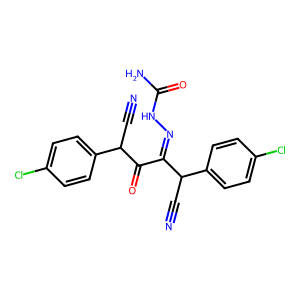
SMILES: N#CC(C(=O)C(=NNC(N)=O)C(C#N)c1ccc(Cl)cc1)c1ccc(Cl)cc1
Inhibits HIV replication: No